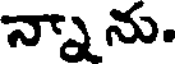
న్నాను.